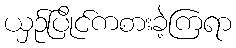
ယှဉ်ပြိုင်ကစားခဲ့ကြရာ